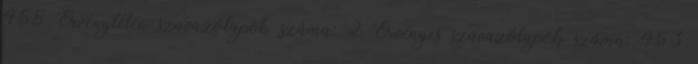
455 Érvénytelen szavazólapok száma: 2 Érvényes szavazólapok száma: 453